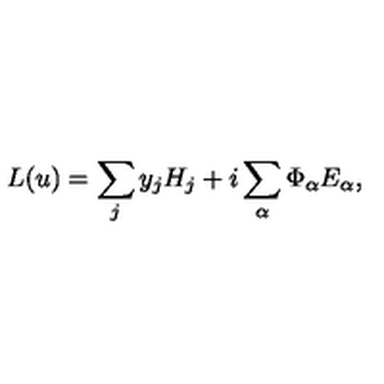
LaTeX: L ( u ) = \sum _ { j } y _ { j } H _ { j } + i \sum _ { \alpha } \Phi _ { \alpha } E _ { \alpha } ,